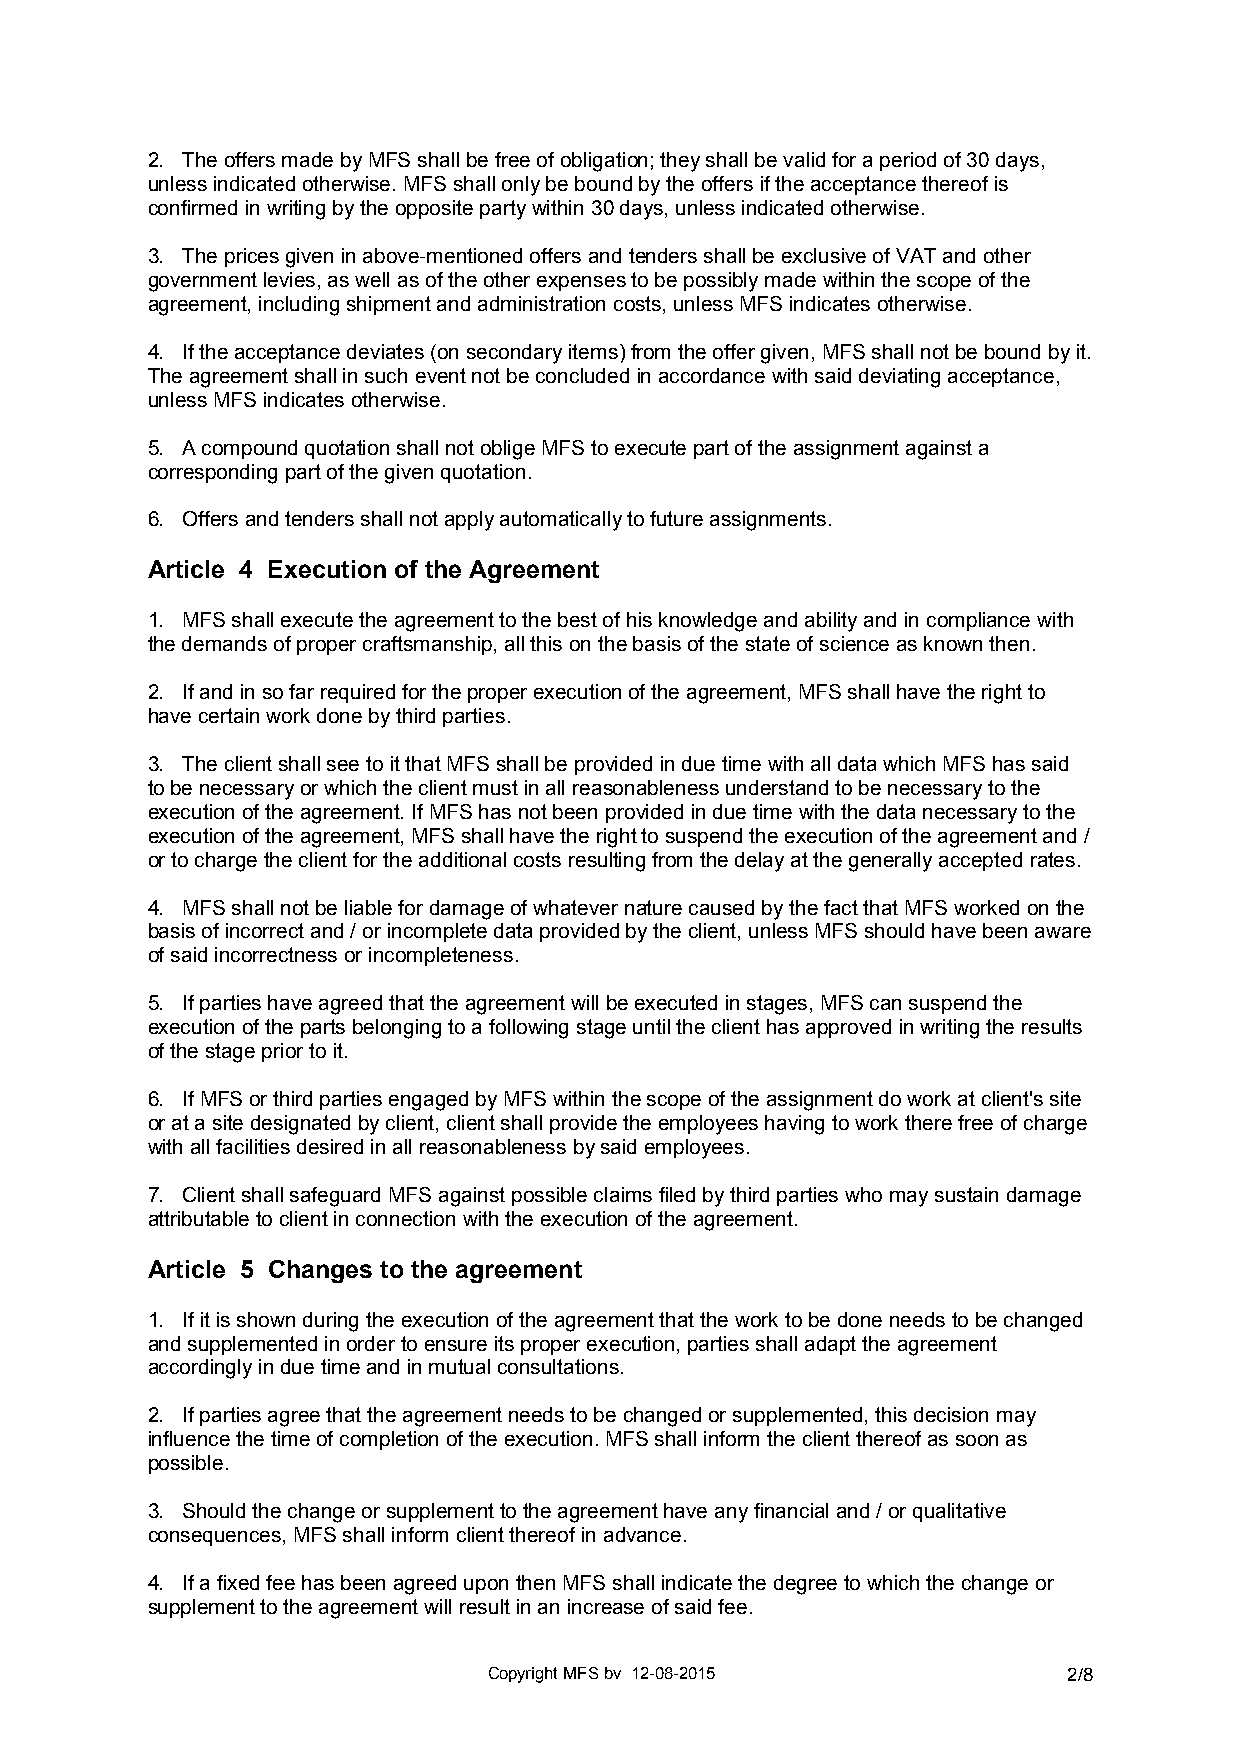
2. The offers made by MFS shall be free of obligation; they shall be valid for a period of 30 days,
 unless indicated otherwise. MFS shall only be bound by the offers if the acceptance thereof is
 confirmed in writing by the opposite party within 30 days, unless indicated otherwise.
 3. The prices given in above-mentioned offers and tenders shall be exclusive of VAT and other
 government levies, as well as of the other expenses to be possibly made within the scope of the
 agreement, including shipment and administration costs, unless MFS indicates otherwise.
 4. If the acceptance deviates (on secondary items) from the offer given, MFS shall not be bound by it.
 The agreement shall in such event not be concluded in accordance with said deviating acceptance,
 unless MFS indicates otherwise.
 5. A compound quotation shall not oblige MFS to execute part of the assignment against a
 corresponding part of the given quotation.
 6. Offers and tenders shall not apply automatically to future assignments.
 Article 4 Execution of the Agreement
 1. MFS shall execute the agreement to the best of his knowledge and ability and in compliance with
 the demands of proper craftsmanship, all this on the basis of the state of science as known then.
 2. If and in so far required for the proper execution of the agreement, MFS shall have the right to
 have certain work done by third parties.
 3. The client shall see to it that MFS shall be provided in due time with all data which MFS has said
 to be necessary or which the client must in all reasonableness understand to be necessary to the
 execution of the agreement. If MFS has not been provided in due time with the data necessary to the
 execution of the agreement, MFS shall have the right to suspend the execution of the agreement and /
 or to charge the client for the additional costs resulting from the delay at the generally accepted rates.
 4. MFS shall not be liable for damage of whatever nature caused by the fact that MFS worked on the
 basis of incorrect and / or incomplete data provided by the client, unless MFS should have been aware
 of said incorrectness or incompleteness.
 5. If parties have agreed that the agreement will be executed in stages, MFS can suspend the
 execution of the parts belonging to a following stage until the client has approved in writing the results
 of the stage prior to it.
 6. If MFS or third parties engaged by MFS within the scope of the assignment do work at client's site
 or at a site designated by client, client shall provide the employees having to work there free of charge
 with all facilities desired in all reasonableness by said employees.
 7. Client shall safeguard MFS against possible claims filed by third parties who may sustain damage
 attributable to client in connection with the execution of the agreement.
 Article 5 Changes to the agreement
 1. If it is shown during the execution of the agreement that the work to be done needs to be changed
 and supplemented in order to ensure its proper execution, parties shall adapt the agreement
 accordingly in due time and in mutual consultations.
 2. If parties agree that the agreement needs to be changed or supplemented, this decision may
 influence the time of completion of the execution. MFS shall inform the client thereof as soon as
 possible.
 3. Should the change or supplement to the agreement have any financial and / or qualitative
 consequences, MFS shall inform client thereof in advance.
 4. If a fixed fee has been agreed upon then MFS shall indicate the degree to which the change or
 supplement to the agreement will result in an increase of said fee.
 Copyright MFS bv 12-08-2015            2/8